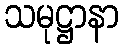
သမုဋ္ဌာနာ